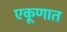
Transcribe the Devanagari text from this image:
एकूणात